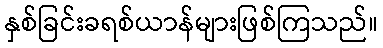
နှစ်ခြင်းခရစ်ယာန်များဖြစ်ကြသည်။